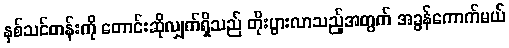
နှစ်သင်တန်းကို တောင်းဆိုလျှက်ရှိသည် တိုးပွားလာသည့်အတွက် အခွန်ကောက်မယ်